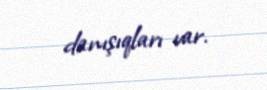
danışıqları var.